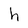
Character: h